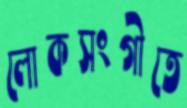
লোকসংগীতে